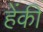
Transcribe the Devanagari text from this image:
हेंकी